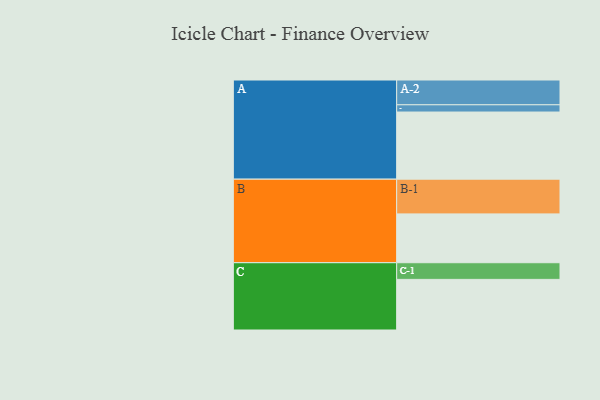
{"axis": {"x": "Segment", "y": "Value"}, "legend": ["", "A", "B", "C"], "data": [{"x": "A", "y": 528, "type": ""}, {"x": "B", "y": 384, "type": ""}, {"x": "C", "y": 398, "type": ""}, {"x": "A-1", "y": 57, "type": "A"}, {"x": "A-2", "y": 195, "type": "A"}, {"x": "B-1", "y": 273, "type": "B"}, {"x": "C-1", "y": 131, "type": "C"}]}